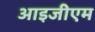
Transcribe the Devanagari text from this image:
आइजीएम